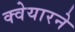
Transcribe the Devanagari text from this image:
क्वेयारने